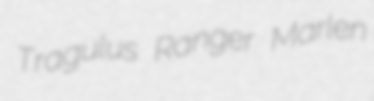
Tragulus Ranger Marlen